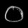
Digit: ၀